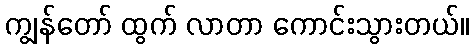
ကျွန်တော် ထွက် လာတာ ကောင်းသွားတယ်။